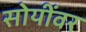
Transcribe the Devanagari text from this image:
सोयींवर